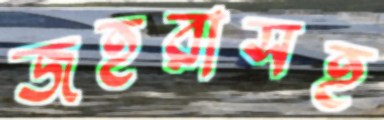
জহরাসহ